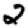
Digit: 2